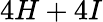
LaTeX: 4H+4I